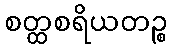
စတ္ထစရိယတဉ္စ